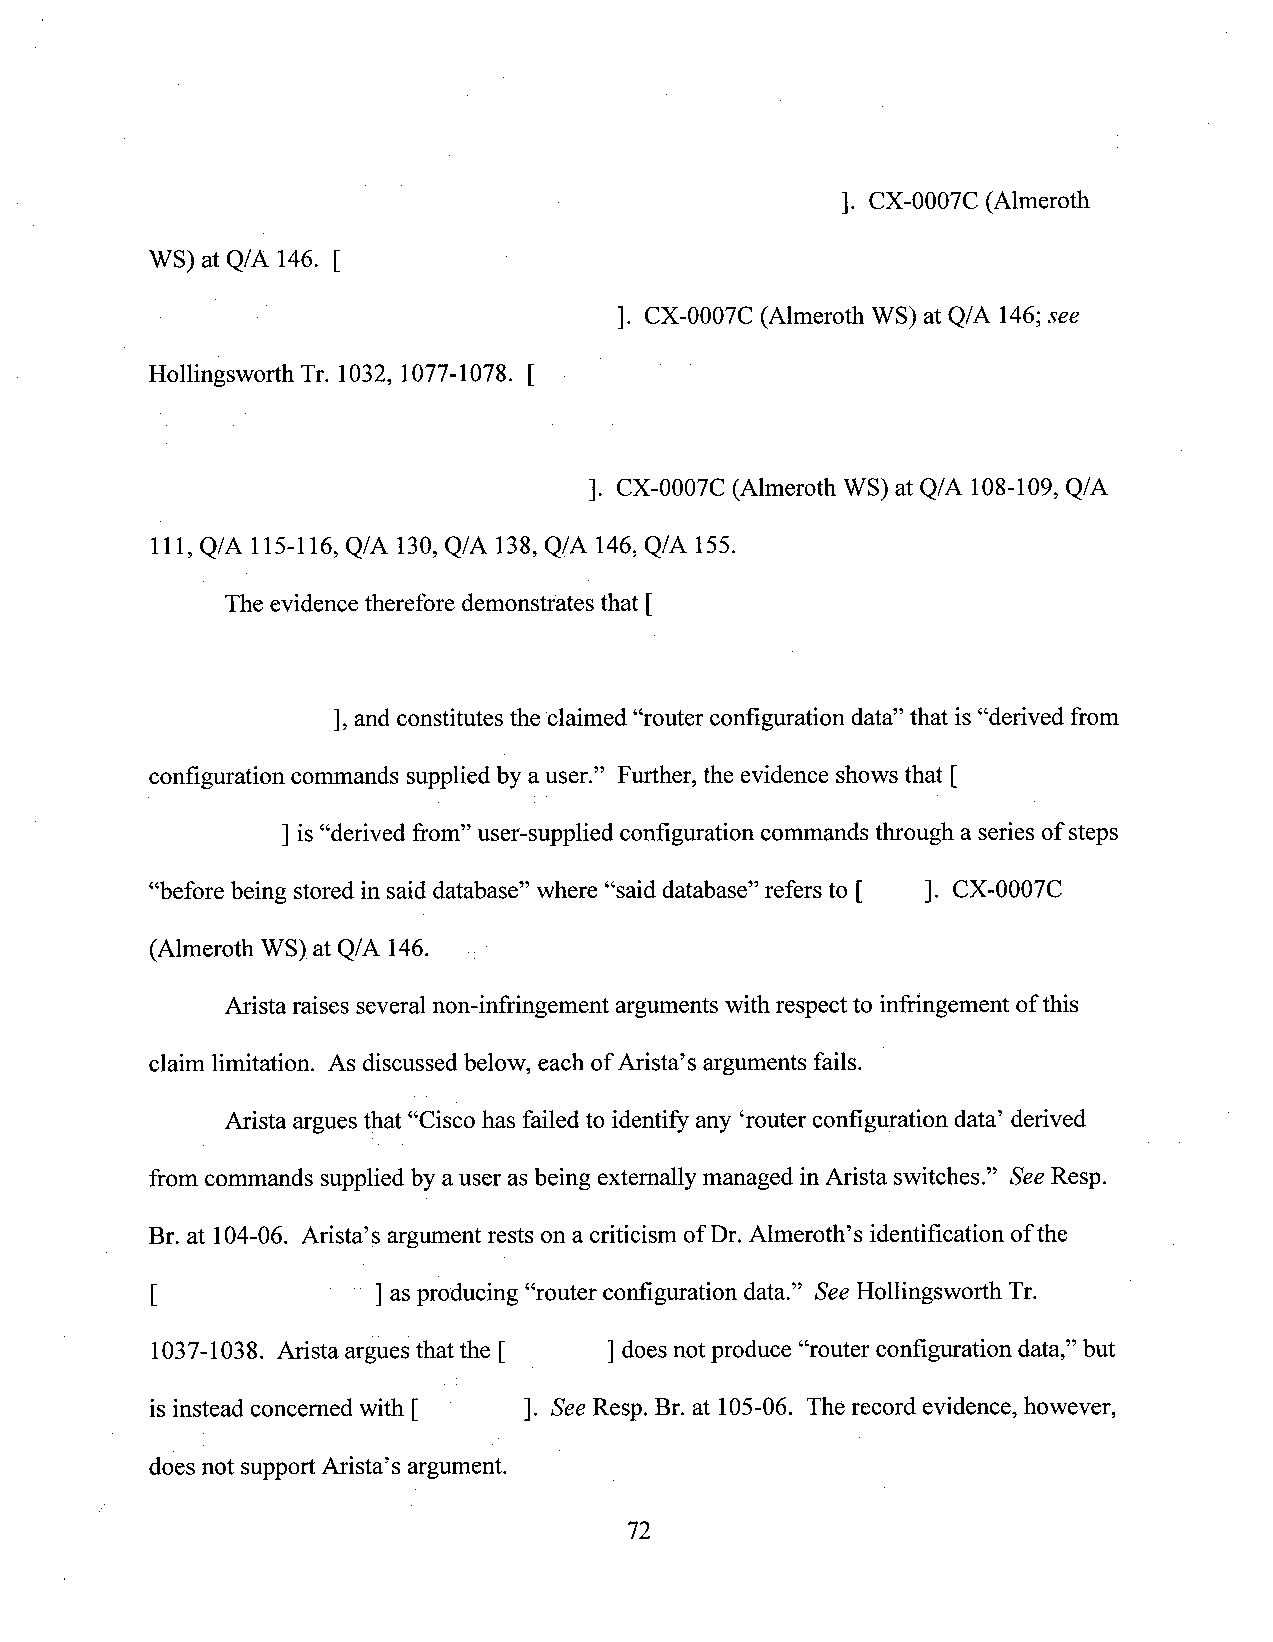
]. CX-0007C (Almeroth
 WS) at Q/A 146. [
 ]. CX-0007C (Almeroth WS) at Q/A 146;see
 Hollingsworth Tr. 1032, 1077-1078. [
 ]. CX-0007C (Almeroth WS) at Q/A 108-109, Q/A
 111, Q/A 115-116, Q/A 130, Q/A 138, Q/A 146, Q/A 155.
 The evidence therefore demonstrates that [
 ], andconstitutes the claimed “router configuration data”that is “derived from
 configuration commands supplied by auser.” Further, the evidence shows that [
 ] is“derived from” user-supplied configuration commands through a series of steps
 “before being stored in said database” where “said database” refers to [ ]. CX—0007C
 (Almeroth WS),at Q/A 146. "
 Arista raises severalnon-infringement argumentswith respectto infringement ofthis
 claim limitation. As discussed below, each of Arista’s arguments fails.
 Arista argues that “Cisco has failed to identify any ‘routerconfiguration data’ derived
 from commands supplied bya user as being externally managed inArista switches.” See Resp.
 Br. at 104-06. Arista’s argument rests on a criticism ofDr. Almeroth’s identification ofthe
 [            ' ]as producing “router configuration data.” See Hollingsworth Tr.
 1037-1038. Arista argues thatthe [ ] doesnot produce “router configuration data,”but
 is instead concerned with [ ' ]. See Resp. Br. at 105-06. The record evidence, however,
 does not support Arista’s argument.
 72